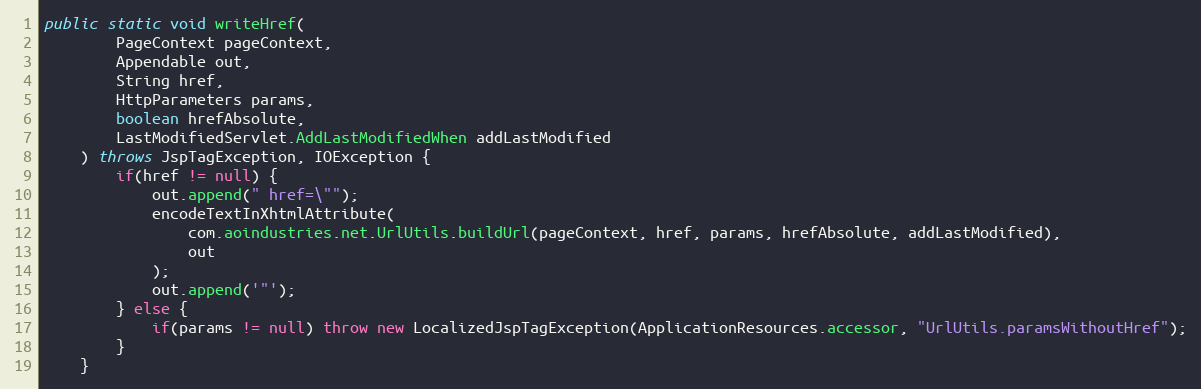
Language: Java
public static void writeHref(
		PageContext pageContext,
		Appendable out,
		String href,
		HttpParameters params,
		boolean hrefAbsolute,
		LastModifiedServlet.AddLastModifiedWhen addLastModified
	) throws JspTagException, IOException {
		if(href != null) {
			out.append(" href=\"");
			encodeTextInXhtmlAttribute(
				com.aoindustries.net.UrlUtils.buildUrl(pageContext, href, params, hrefAbsolute, addLastModified),
				out
			);
			out.append('"');
		} else {
			if(params != null) throw new LocalizedJspTagException(ApplicationResources.accessor, "UrlUtils.paramsWithoutHref");
		}
	}